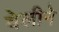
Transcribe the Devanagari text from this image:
वेलीने